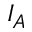
I _ { A }